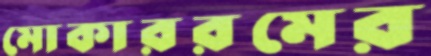
মোকাররমের